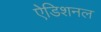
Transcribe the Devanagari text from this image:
ऐडिशनल